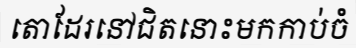
តោដែរនៅជិតនោះមកកាប់ចំ